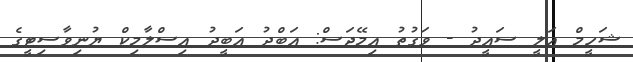
ޝަހީމް އަލީ ސައީދު - ވަގުތު އިމޭޖަސް: އަބްދު އަބީދު އިސްލާމިކް ޔުނިވާސިޓީގެ